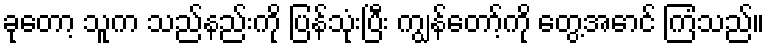
ခုတော့ သူက သည်နည်းကို ပြန်သုံးပြီး ကျွန်တော့်ကို တွေ့အောင် ကြံသည်။